Vaccination in the Punjab 1905-1918 - 1905-1918
Year: 1905
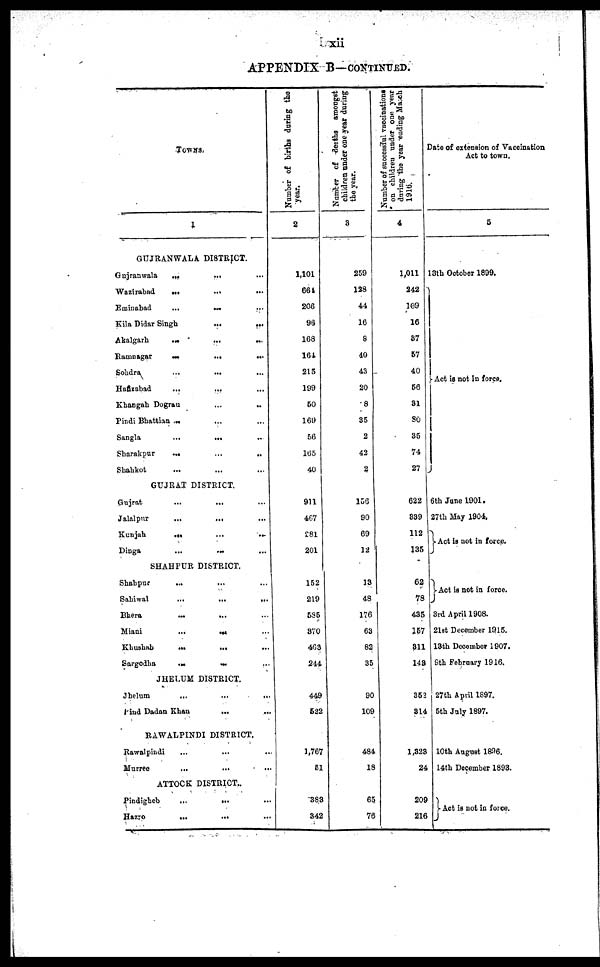
xii
APPENDIX B—CONTINUED.
TOWNS
1
GUJRANWALA DISTRICT.
Gujranwala
...
... ...
Wazirabad
...
...
...
Eminabad
...
... ...
Kila Didar Singh ... ...
Akalgarh
...
...
...
Ramnagar
...
...
...
Sohdra
...
... ...
Hafizabad
...
...
...
Khangah Dogran ... ...
Pindi Bhattian ... ... ...
Sangla
...
... ...
Sharakpur
...
...
..
Shahkot ... ... ...
GUJRAT DISTRICT.
Gujrat
...
... ...
Jalalpur
...
... ...
Kunjah
...
...
...
Dinga
...
... ...
SHAHPUR DISTRICT.
Shahpur
... ... ...
Sahiwal
...
...
...
Bhera ... ... ...
Miani
...
... ...
Khushab
...
...
...
Sargodha
...
... ...
JHELUM DISTRICT.
Jhelum
...
...
...
ind Dadan Khan
... ...
RAWALPINDI DISTRICT.
Rawalpindi ... ... ...
Murree
... ... ...
ATTOCK DISTRICT..
Pindigheb
...
...
...
Hazro
...
... ...
Number of births during the
year.
2
1,101
684
206
96
168
164
215
199
50
169
56
155
40
911
467
281
201
152
219
585
870
468
244
449
522
1,767
51
388
842
Number of deaths amongst
children under one year during
the year.
3
259
128
44
16
8
40
43
20
8
35
2
42
2
156
90
69
12
13
48
176
63
82
35
90
109
484
18
65
76
Number of successful vaccinations
on children under one year
during the year 'ending March
1916.
4
1,011
242
109
16
87
57
40
56
81
80
85
74
27
622
899
112
135
62
78
435
157
811
148
352
314
1,328
24
209
216
Date of extension of Vaccination
Act to town.
5
18th October 1899.
Act is not in force.
6th Jane 1901.
27th May 1904,
Act is not in force.
Act is not in force.
3rd April 1908.
21st December 1915.
13th December 1907.
9th February 1916.
27th April 1897.
5th July 1897.
10th August 1896.
14th December 1893.
Act if not in force.